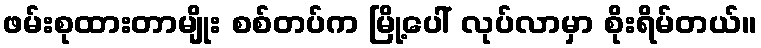
ဖမ်းစုထားတာမျိုး စစ်တပ်က မြို့ပေါ် လုပ်လာမှာ စိုးရိမ်တယ်။